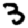
Digit: 3